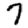
Digit: 7